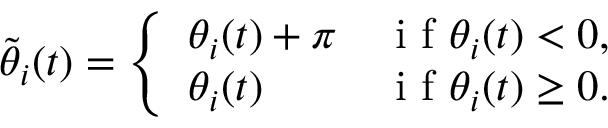
\tilde { \theta } _ { i } ( t ) = \left\{ \begin{array} { l l } { \theta _ { i } ( t ) + \pi } & { \mathrm { ~ i ~ f ~ } \theta _ { i } ( t ) < 0 , } \\ { \theta _ { i } ( t ) } & { \mathrm { ~ i ~ f ~ } \theta _ { i } ( t ) \geq 0 . } \end{array} \right.